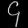
Digit: ၄